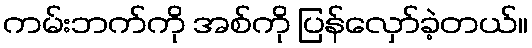
ကမ်းဘက်ကို အစ်ကို ပြန်လှော်ခဲ့တယ်။